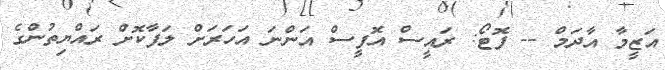
އަޒީމާ އާދަމް -- ފޮޓޯ: ރައީސް އޮފީސް އަންނަ އަހަރަށް ލަފާކޮށް ރައްޔިތުންގެ